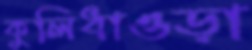
কুলিধাওড়া